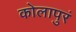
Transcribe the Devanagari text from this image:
कोलापुरं